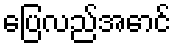
ပြေလည်အောင်